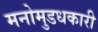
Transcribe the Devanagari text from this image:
मनोमुडधकारी